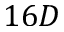
1 6 D